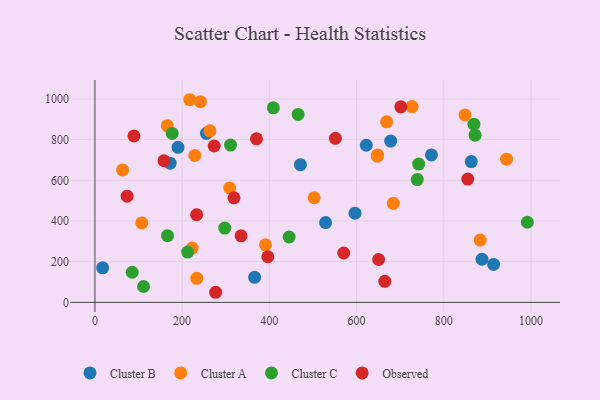
{"axis": {"x": "Experience", "y": "Profit"}, "legend": ["Cluster A", "Cluster B", "Cluster C", "Observed"], "data": [{"x": "471.3", "y": 676.8, "type": "Cluster B"}, {"x": "887.6", "y": 212.0, "type": "Cluster B"}, {"x": "622.4", "y": 772.5, "type": "Cluster B"}, {"x": "17.7", "y": 169.7, "type": "Cluster B"}, {"x": "678.3", "y": 793.1, "type": "Cluster B"}, {"x": "172.5", "y": 684.1, "type": "Cluster B"}, {"x": "863.1", "y": 691.9, "type": "Cluster B"}, {"x": "190.6", "y": 762.4, "type": "Cluster B"}, {"x": "366.3", "y": 123.2, "type": "Cluster B"}, {"x": "771.7", "y": 725.0, "type": "Cluster B"}, {"x": "596.4", "y": 438.3, "type": "Cluster B"}, {"x": "529.0", "y": 392.2, "type": "Cluster B"}, {"x": "255.8", "y": 830.9, "type": "Cluster B"}, {"x": "914.2", "y": 186.7, "type": "Cluster B"}, {"x": "263.7", "y": 843.4, "type": "Cluster A"}, {"x": "943.9", "y": 703.7, "type": "Cluster A"}, {"x": "883.5", "y": 306.2, "type": "Cluster A"}, {"x": "223.0", "y": 267.1, "type": "Cluster A"}, {"x": "669.0", "y": 887.6, "type": "Cluster A"}, {"x": "229.1", "y": 722.1, "type": "Cluster A"}, {"x": "648.1", "y": 724.5, "type": "Cluster A"}, {"x": "647.6", "y": 718.8, "type": "Cluster A"}, {"x": "391.2", "y": 282.9, "type": "Cluster A"}, {"x": "684.2", "y": 487.1, "type": "Cluster A"}, {"x": "233.6", "y": 118.0, "type": "Cluster A"}, {"x": "241.9", "y": 986.5, "type": "Cluster A"}, {"x": "502.7", "y": 514.2, "type": "Cluster A"}, {"x": "107.5", "y": 390.3, "type": "Cluster A"}, {"x": "308.9", "y": 562.2, "type": "Cluster A"}, {"x": "217.5", "y": 996.2, "type": "Cluster A"}, {"x": "848.7", "y": 921.5, "type": "Cluster A"}, {"x": "727.3", "y": 962.3, "type": "Cluster A"}, {"x": "63.5", "y": 651.3, "type": "Cluster A"}, {"x": "165.8", "y": 868.5, "type": "Cluster A"}, {"x": "742.5", "y": 679.9, "type": "Cluster C"}, {"x": "869.1", "y": 876.2, "type": "Cluster C"}, {"x": "111.5", "y": 78.1, "type": "Cluster C"}, {"x": "466.0", "y": 923.9, "type": "Cluster C"}, {"x": "297.8", "y": 365.2, "type": "Cluster C"}, {"x": "739.2", "y": 603.6, "type": "Cluster C"}, {"x": "212.7", "y": 247.2, "type": "Cluster C"}, {"x": "85.5", "y": 148.0, "type": "Cluster C"}, {"x": "311.0", "y": 773.3, "type": "Cluster C"}, {"x": "166.4", "y": 327.8, "type": "Cluster C"}, {"x": "177.2", "y": 830.7, "type": "Cluster C"}, {"x": "871.8", "y": 822.1, "type": "Cluster C"}, {"x": "991.7", "y": 393.9, "type": "Cluster C"}, {"x": "409.2", "y": 956.3, "type": "Cluster C"}, {"x": "445.4", "y": 321.4, "type": "Cluster C"}, {"x": "73.9", "y": 522.1, "type": "Observed"}, {"x": "855.0", "y": 606.2, "type": "Observed"}, {"x": "89.5", "y": 818.2, "type": "Observed"}, {"x": "233.3", "y": 431.2, "type": "Observed"}, {"x": "335.2", "y": 327.3, "type": "Observed"}, {"x": "158.3", "y": 696.2, "type": "Observed"}, {"x": "370.5", "y": 804.2, "type": "Observed"}, {"x": "276.8", "y": 49.6, "type": "Observed"}, {"x": "701.5", "y": 961.1, "type": "Observed"}, {"x": "650.6", "y": 210.8, "type": "Observed"}, {"x": "551.4", "y": 806.6, "type": "Observed"}, {"x": "664.8", "y": 103.3, "type": "Observed"}, {"x": "318.9", "y": 513.9, "type": "Observed"}, {"x": "396.5", "y": 224.2, "type": "Observed"}, {"x": "273.5", "y": 768.8, "type": "Observed"}, {"x": "570.5", "y": 242.6, "type": "Observed"}]}